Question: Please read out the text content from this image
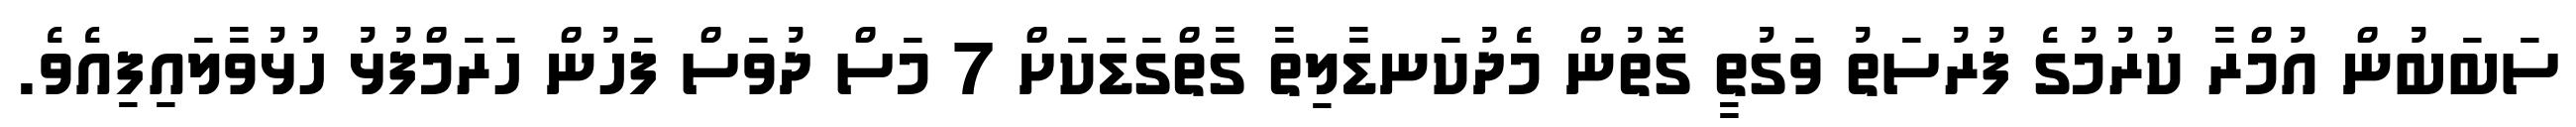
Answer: ސަބަބުން އުމްރާ ކުރުމުގެ ފުރުސަތު ވަގުތީ ގޮތުން މެދުކަނޑާލިތާ ގާތްގަޑަކަށް 7 މަސް ދުވަސް ފަހުން ހަރަމްފުޅު ހުޅުވާލައިފިއެވެ.